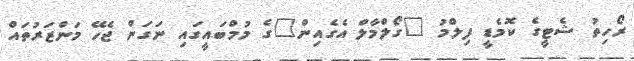
ރޯހިތު ޝެޓީގެ ކޮމެޑީ ފިލްމު "ގޯލްމާލް އެގެއިން"ގެ މުމްބައީގައި ނަގަން ޖެހޭ މަންޒަރުތައް